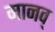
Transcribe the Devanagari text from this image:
मानव्